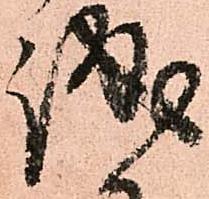
誠